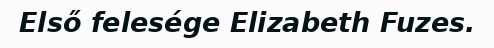
Első felesége Elizabeth Fuzes.